Code of medical and sanitary regulations for the guidance of medical officers serving in the Madras Presidency - Volume II
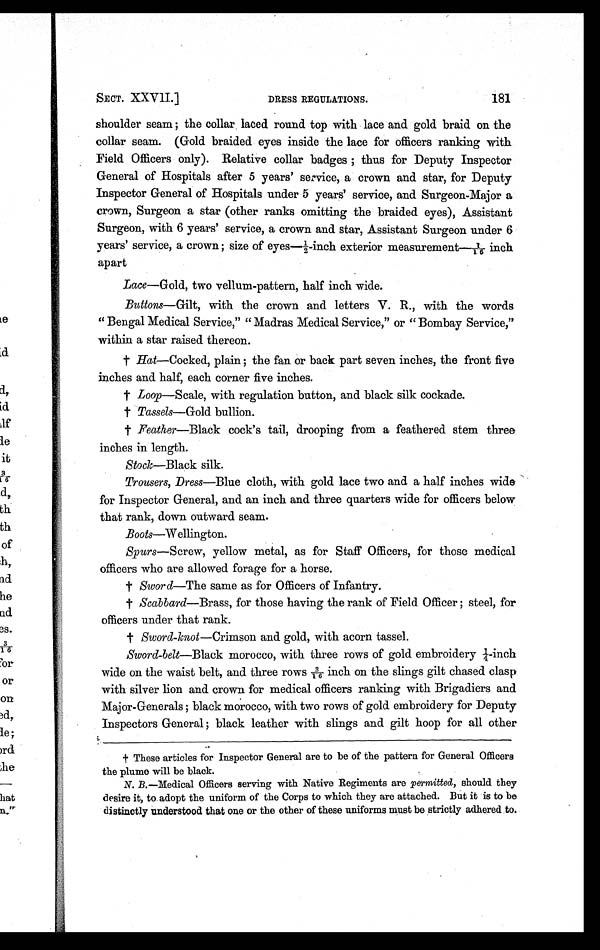
181
SECT. XXVII.]
DRESS REGULATIONS.
shoulder seam; the collar laced round top with lace and gold braid on the
collar seam. (Gold. braided eyes inside the lace for officers ranking with
Field Officers only). Relative collar badges; thus for Deputy Inspector
General of Hospitals after 5 years' service, a crown and. star, for Deputy
Inspector General of Hospitals under 5 years' service, and Surgeon-Major a
crown, Surgeon a star (other ranks omitting the braided eyes), Assistant
Surgeon, with 6 years' service, a crown and star, Assistant Surgeon under 6
years' service, a crown; size of eyes
—¼-inch exterior measurement—1/16 inch
apart
Lace—Gold, two vellum-pattern, half inch wide.
Buttons—Gilt, with the crown and letters V. R., with the words
"Bengal Medical Service," "Madras Medical Service," or "Bombay Service,"
within a star raised thereon.
† Hat—Cocked, plain; the fan or back part seven inches, the front five
inches and half, each corner five inches.
† Loop—Scale, with regulation button, and black silk cockade.
† Tassels—Gold bullion.
†
Feather—Black cock's tail, drooping from a feathered stem three
inches in length.
Stock—Black silk.
Trousers, Dress—Blue cloth, with gold lace two and a half inches wide
for Inspector General, and an inch and three quarters wide for officers below
that rank, down outward seam.
Boots—W ellington.
Spurs—Screw, yellow metal, as for Staff Officers, for those medical
officers who are allowed forage for a horse.
† Sword—The same as for Officers of Infantry.
† Scabbard—Brass, for those having the rank of Field Officer; steel, for
officers under that rank.
† Sword-knot—Crimson and gold, with acorn tassel.
Sword-belt—Black morocco, with three rows of gold embroidery ¼-inch
wide on the waist belt, and three rows 3/16 inch on the slings gilt chased clasp
with silver lion and crown for medical officers ranking with Brigadiers and
Major-Generals; black morocco, with two rows of gold embroidery for Deputy
Inspectors General; black leather with slings and gilt hoop for all other
† These articles for Inspector General are to be of the pattern for General Officers
the plume will be black.
N. B.—Medical Officers serving with Native Regiments are permitted, should they
desire it, to adopt the uniform of the Corps to which they are attached. But it is to be
distinctly understood that one or the other of these uniforms must be strictly adhered to.